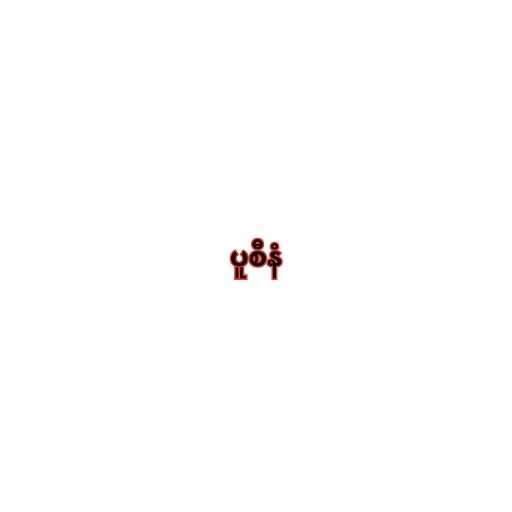
ပူစီနံ